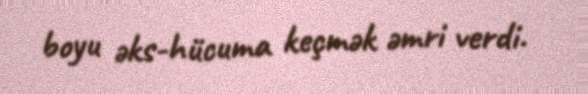
boyu əks-hücuma keçmək əmri verdi.